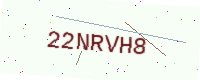
Text: 22NRVH8